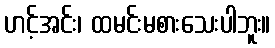
ဟင့်အင်း၊ ထမင်းမစားသေးပါဘူး။